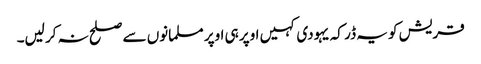
قریش کو یہ ڈر کہ یہودی کہیں اوپر ہی اوپر مسلمانوں سے صلح نہ کر لیں۔